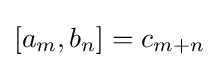
[a_{m},b_{n}]=c_{m+n}